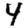
Digit: 4